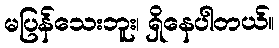
မပြန်သေးဘူး၊ ရှိနေပါတယ်။